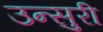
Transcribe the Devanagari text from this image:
उन्सुरी